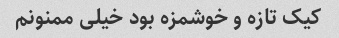
کیک تازه و خوشمزه بود خیلی ممنونم